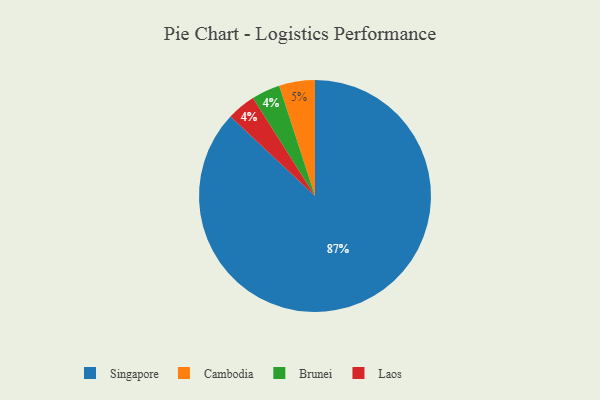
{"axis": {"x": "Category", "y": "Percentage"}, "legend": ["Brunei", "Cambodia", "Laos", "Singapore"], "data": [{"x": "Cambodia", "y": 5, "type": "Cambodia"}, {"x": "Brunei", "y": 4, "type": "Brunei"}, {"x": "Laos", "y": 4, "type": "Laos"}, {"x": "Singapore", "y": 87, "type": "Singapore"}]}